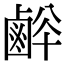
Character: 𪉢